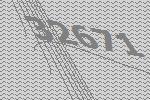
32671